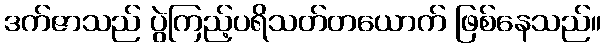
ဒက်ဇာသည် ပွဲကြည့်ပရိသတ်တယောက် ဖြစ်နေသည်။